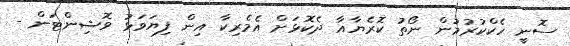
ސޮނީ ހެކްކުރުމުން ނޯތު ކޮރެޔާއާ ދެކޮޅަށް އެމެރިކާ އިން ފިޔަވަޅު ވޮޝިންޓަން -